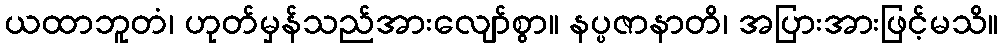
ယထာဘူတံ၊ ဟုတ်မှန်သည်အားလျော်စွာ။ နပ္ပဇာနာတိ၊ အပြားအားဖြင့်မသိ။